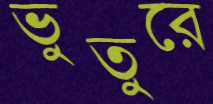
ভুতুরে